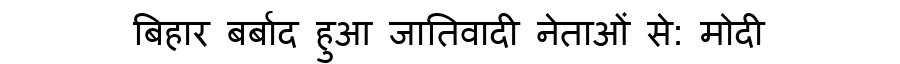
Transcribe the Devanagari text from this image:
बिहार बर्बाद हुआ जातिवादी नेताओं से: मोदी